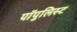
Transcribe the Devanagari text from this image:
पॉपुलिस्ट